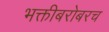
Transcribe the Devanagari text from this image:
भक्तीबरोबरच